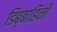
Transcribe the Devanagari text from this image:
डिंब्बाहिनी